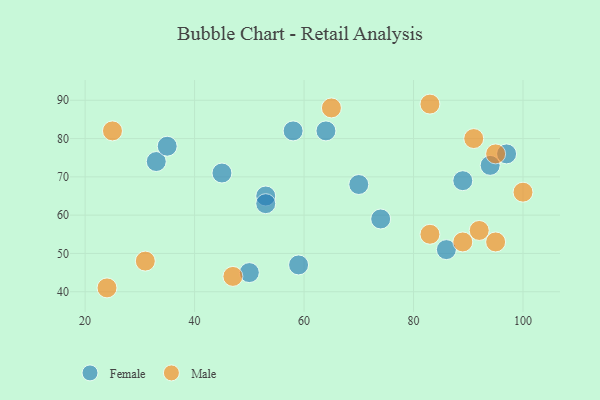
{"axis": {"x": "GDP", "y": "Life Expectancy"}, "legend": ["Female", "Male"], "data": [{"x": "70", "y": 68, "type": "Female"}, {"x": "53", "y": 65, "type": "Female"}, {"x": "53", "y": 63, "type": "Female"}, {"x": "33", "y": 74, "type": "Female"}, {"x": "94", "y": 73, "type": "Female"}, {"x": "35", "y": 78, "type": "Female"}, {"x": "86", "y": 51, "type": "Female"}, {"x": "89", "y": 69, "type": "Female"}, {"x": "50", "y": 45, "type": "Female"}, {"x": "58", "y": 82, "type": "Female"}, {"x": "97", "y": 76, "type": "Female"}, {"x": "74", "y": 59, "type": "Female"}, {"x": "59", "y": 47, "type": "Female"}, {"x": "64", "y": 82, "type": "Female"}, {"x": "45", "y": 71, "type": "Female"}, {"x": "92", "y": 56, "type": "Male"}, {"x": "83", "y": 55, "type": "Male"}, {"x": "31", "y": 48, "type": "Male"}, {"x": "47", "y": 44, "type": "Male"}, {"x": "95", "y": 76, "type": "Male"}, {"x": "83", "y": 89, "type": "Male"}, {"x": "65", "y": 88, "type": "Male"}, {"x": "24", "y": 41, "type": "Male"}, {"x": "95", "y": 53, "type": "Male"}, {"x": "89", "y": 53, "type": "Male"}, {"x": "25", "y": 82, "type": "Male"}, {"x": "100", "y": 66, "type": "Male"}, {"x": "91", "y": 80, "type": "Male"}]}